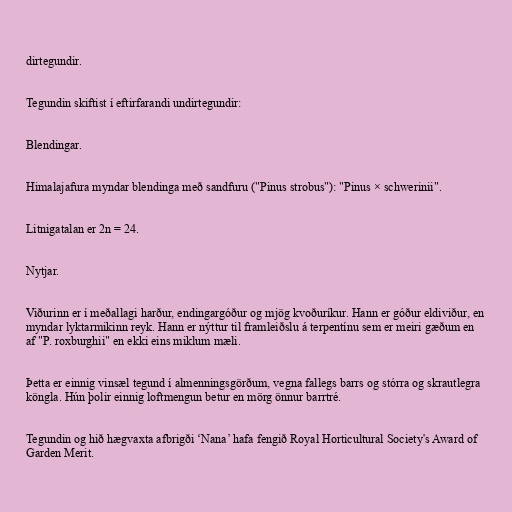
dirtegundir.

Tegundin skiftist í eftirfarandi undirtegundir:

Blendingar.

Himalajafura myndar blendinga með sandfuru ("Pinus strobus"): "Pinus × schwerinii".

Litnigatalan er 2n = 24.

Nytjar.

Viðurinn er í meðallagi harður, endingargóður og mjög kvoðuríkur. Hann er góður eldiviður, en
myndar lyktarmikinn reyk. Hann er nýttur til framleiðslu á terpentínu sem er meiri gæðum en
af "P. roxburghii" en ekki eins miklum mæli.

Þetta er einnig vinsæl tegund í almenningsgörðum, vegna fallegs barrs og stórra og skrautlegra
köngla. Hún þolir einnig loftmengun betur en mörg önnur barrtré.

Tegundin og hið hægvaxta afbrigði ‘Nana’ hafa fengið Royal Horticultural Society's Award of
Garden Merit.